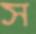
স